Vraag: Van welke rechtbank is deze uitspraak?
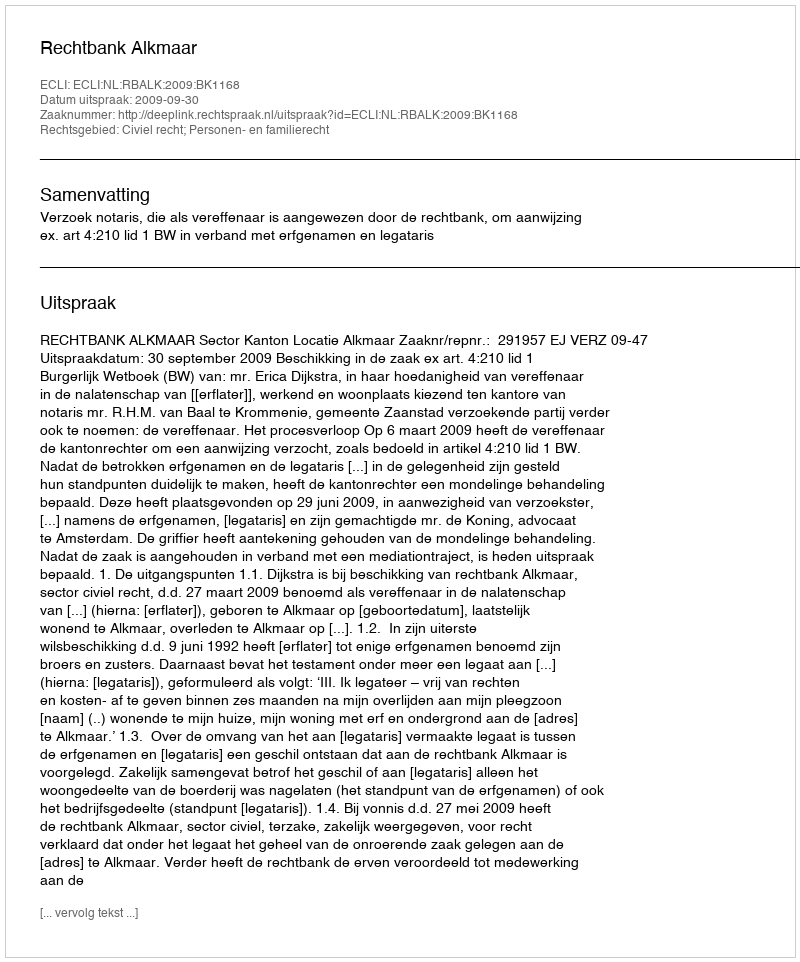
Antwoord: Rechtbank Alkmaar